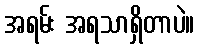
အရမ်း အရသာရှိတာပဲ။